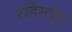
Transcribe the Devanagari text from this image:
रहिमपूर